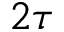
2 \tau